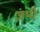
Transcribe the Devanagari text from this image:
जंभी